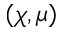
( \chi , \mu )